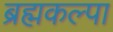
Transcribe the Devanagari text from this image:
ब्रह्मकल्पा